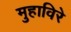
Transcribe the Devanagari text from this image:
मुहाविरे